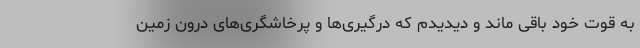
به قوت خود باقی ماند و دیدیدم که درگیری‌ها و پرخاشگری‌های درون زمین